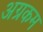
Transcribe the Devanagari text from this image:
अग्रकम